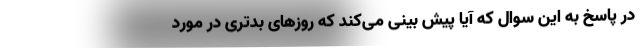
در پاسخ به این سوال که آیا پیش بینی می‌کند که روزهای بدتری در مورد